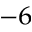
^ { - 6 }